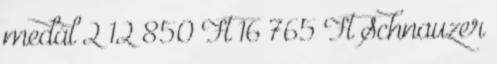
medál 2 12 850 Ft 16 765 Ft Schnauzer